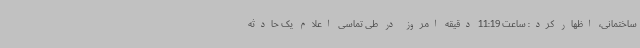
ساختمانی، اظهار کرد: ساعت 11:19 دقیقه امروز در طی تماسی اعلام یک حادثه